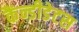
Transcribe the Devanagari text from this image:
कैंन्डीडेटस